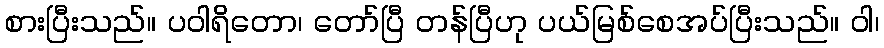
စားပြီးသည်။ ပဝါရိတော၊ တော်ပြီ တန်ပြီဟု ပယ်မြစ်စေအပ်ပြီးသည်။ ဝါ၊